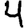
Digit: 4